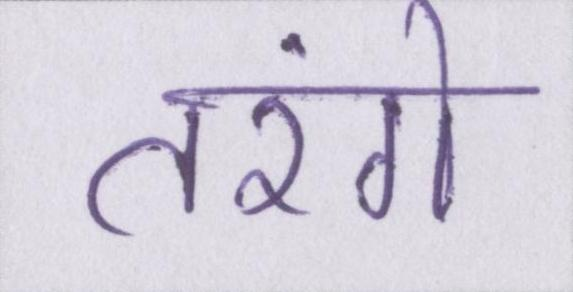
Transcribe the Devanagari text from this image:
तरंगे